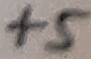
Text: +5